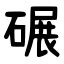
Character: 碾